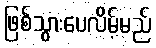
ဖြစ်သွားပေလိမ့်မည်